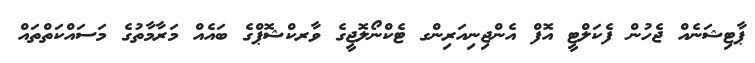
ޕާޓިޝަނެއް ޖެހުން ފެކަލްޓީ އޮފް އެންޖިނިއަރިންގ ޓެކްނޯލޮޖީގެ ވާރކްޝޮޕްގެ ބައެއް މަރާމާތުގެ މަސައްކަތްތައް